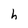
Character: h